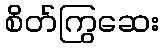
စိတ်ကြွဆေး